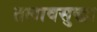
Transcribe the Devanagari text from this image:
तलावसुद्धा